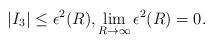
LaTeX: \begin{align*} |I_3|\leq\epsilon^2(R), \lim_{R\to\infty}\epsilon^2(R)=0.\end{align*}